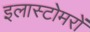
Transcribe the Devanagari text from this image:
इलास्टोमरों